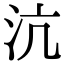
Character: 沆